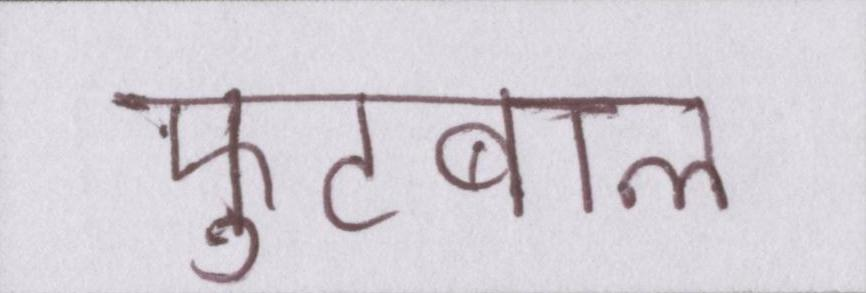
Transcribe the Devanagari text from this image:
फ़ुटबाल